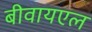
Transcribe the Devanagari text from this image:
बीवायएल